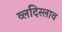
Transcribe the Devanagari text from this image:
व्लदिस्लाव